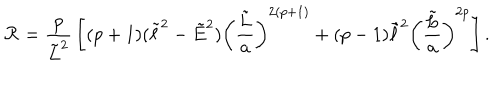
{ \cal R } = { \frac { p } { \tilde { L } ^ { 2 } } } \left[ ( p + 1 ) ( \tilde { \ell } ^ { 2 } - \tilde { E } ^ { 2 } ) \left( { \frac { \tilde { L } } { a } } \right) ^ { 2 ( p + 1 ) } + ( p - 1 ) \tilde { \ell } ^ { 2 } \left( { \frac { \tilde { L } } { a } } \right) ^ { 2 p } \right] .